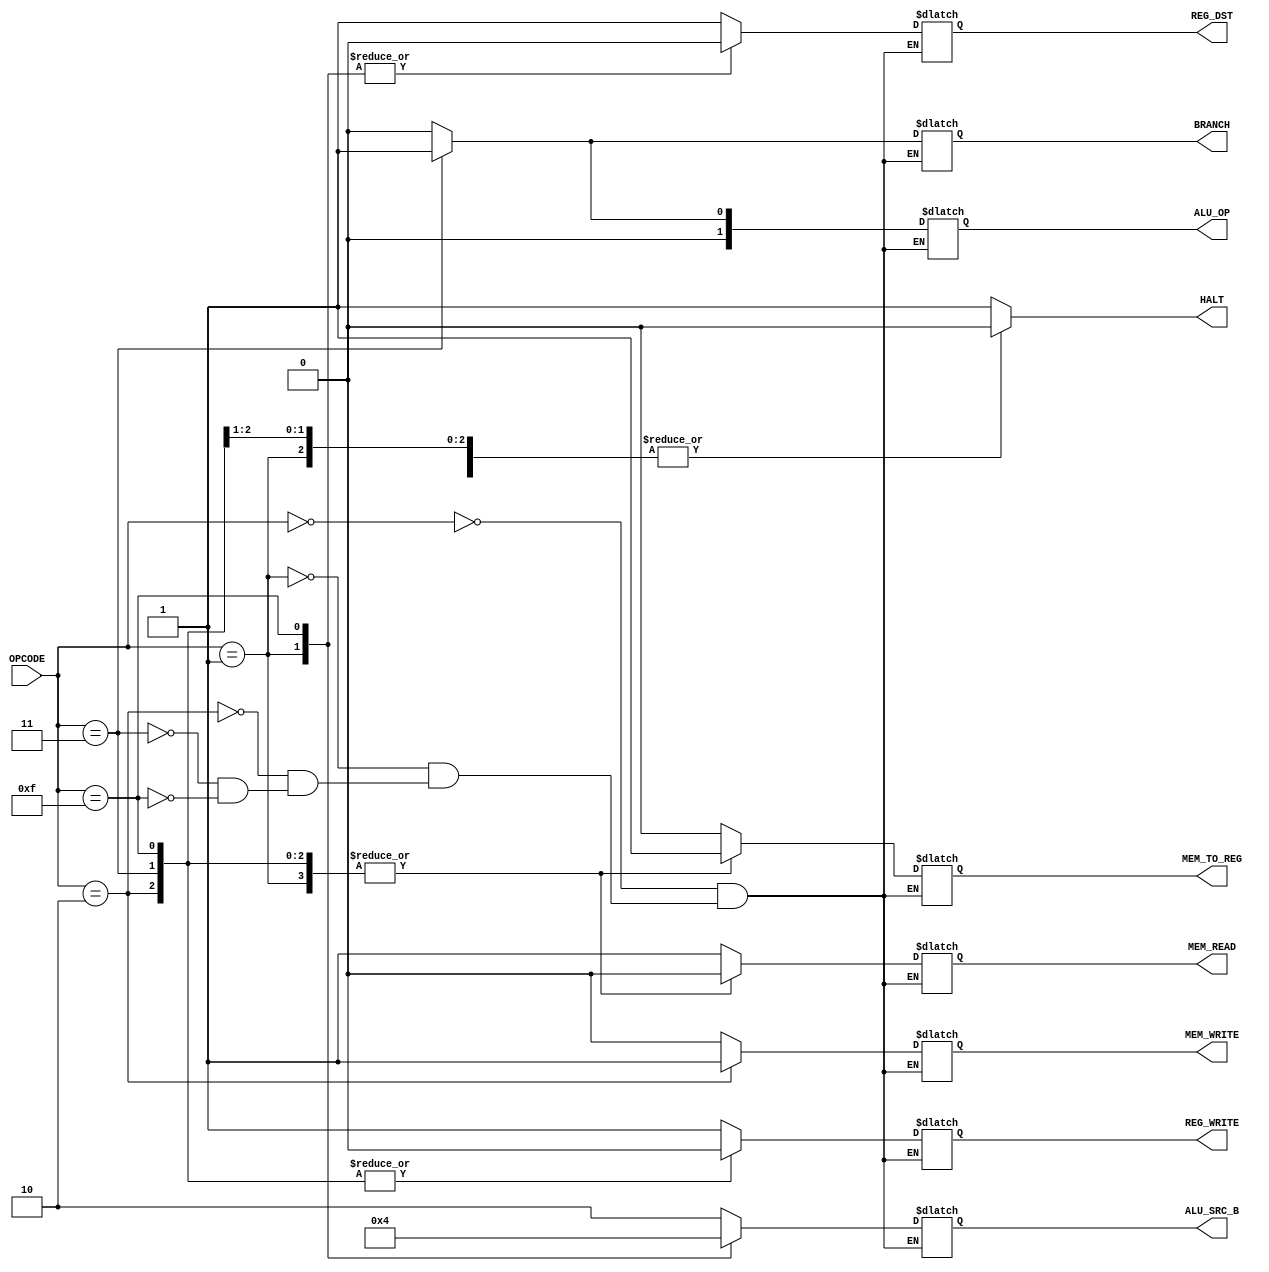
`timescale 1ns / 1ps
//////////////////////////////////////////////////////////////////////////////////
// Company: 
// Engineer: 
// 
// Design Name: 
// Module Name:    Control 
// Project Name: 
// Target Devices: 
// Tool versions: 
// Description: 
//
// Dependencies: 
//
// Revision: 
// Revision 0.01 - File Created
// Additional Comments: 
//
//////////////////////////////////////////////////////////////////////////////////
module Control(
    input [3:0] OPCODE,
    output reg [1:0] ALU_OP,
    output reg [1:0]ALU_SRC_B,
    output reg REG_WRITE,
    output reg BRANCH,
    output reg MEM_WRITE,
    output reg MEM_READ,
    output reg REG_DST,
    output reg MEM_TO_REG,
	 output reg HALT
    );
	always @(OPCODE)
	begin
		
		case(OPCODE)
			0 : 
			begin
				 REG_DST = 1;
				 BRANCH = 0;
				 ALU_SRC_B = 2; 	// 2 is 0 don't care
				 ALU_OP = 0; 	 	// 0 add, 1 sub don't care
				 MEM_TO_REG = 0;	// use mem read
				 MEM_READ = 1;
				 MEM_WRITE = 0;
				 REG_WRITE = 1;
				 HALT = 0;
			end
			1 : 
			begin
			REG_DST = 0;
				 BRANCH = 0;
				 ALU_SRC_B = 2'b01; 	// 1 is SE 3 bit immediate
				 ALU_OP = 0; 	 	// 0 add, 1 sub 
				 MEM_TO_REG = 1;	// use alu result
				 MEM_READ = 0;
				 MEM_WRITE = 0;
				 REG_WRITE = 1;
				 HALT = 0;
			end
			2 : 
			begin
				REG_DST = 1;		// don't care
				 BRANCH = 0;
				 ALU_SRC_B = 2; 	// 2 is 0, don't care
				 ALU_OP = 0; 	 	// 0 add, 1 sub, don't care
				 MEM_TO_REG = 1;	// use alu, don't care
				 MEM_READ = 0;
				 MEM_WRITE = 1;
				 REG_WRITE = 0;
				 HALT = 0;
			end
			3 : 
			begin
				 REG_DST = 1;		// don't care
				 BRANCH = 1;
				 ALU_SRC_B = 2; 	// 2 is zero
				 ALU_OP = 1; 	 	// 0 add, 1 sub
				 MEM_TO_REG = 1;	// use alu, don't care
				 MEM_READ = 0;
				 MEM_WRITE = 0;
				 REG_WRITE = 0;
				 HALT = 0;
			end
			15 : 
			begin
				 REG_DST = 0;		// don't care
				 BRANCH = 0;
				 ALU_SRC_B = 0; 	// 2 is zero
				 ALU_OP = 0; 	 	// 0 add, 1 sub
				 MEM_TO_REG = 1;	// use alu, don't care
				 MEM_READ = 0;
				 MEM_WRITE = 0;
				 REG_WRITE = 0;
				 HALT = 1;
			end
			default: HALT = 1;
		endcase
	end

endmodule